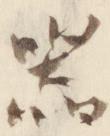
器